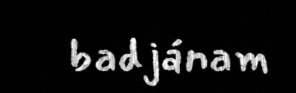
badjánam